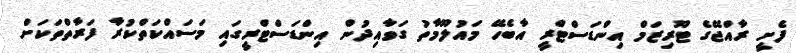
ފެށީ ރާއްޖޭގެ ޓޫރިޒަމް އިންޑަސްޓްރީ އާބެހޭ މައުލޫމާތު ގަވާއިދުން އިންޑަސްޓްރީގައި މަސައްކަތްކުރާ ފަރާތްތަކަށް